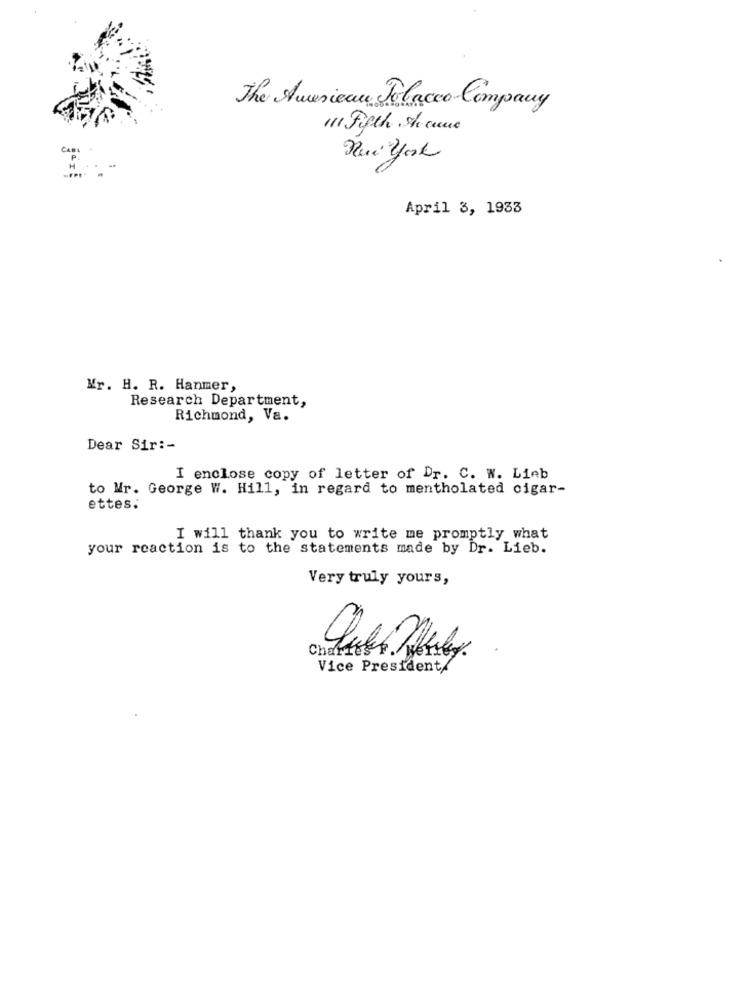
The American Tobacco Company
11 Fifth the cure
Rui york
April 3, 1933
Mr. H. R. Hanmer,
Research Department,
Richmond, Va.
Dear Sir :-
I enclose copy of letter of Dr. C. W. Lieb
to Mr. George W. Hill, in regard to mentholated cigar-
ettes.
I will thank you to write me promptly what
your reaction is to the statements made by Dr. Lieb.
Very truly yours,
Vice President/